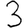
Digit: 3